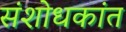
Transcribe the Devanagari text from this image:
संशोधकांत